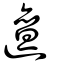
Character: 邅